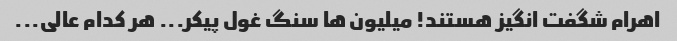
اهرام شگفت انگیز هستند! میلیون ها سنگ غول پیکر... هر کدام عالی...